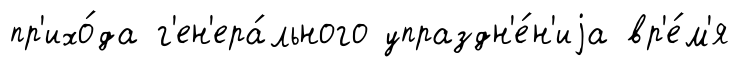
пр'ихо́да г'ен'ера́льного упраздн'е́н'иjа вр'е́м'я